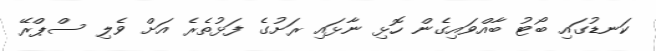
ކަނޑުގައި ބޯޓު ބާއްވައިގެން ހޮޅި ނާޅައި ރަށުގެ ފަޅުތެރެ އަށް ވެލި ސްޕްރޭ